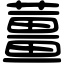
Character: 薑